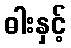
ဓါးနှင့်